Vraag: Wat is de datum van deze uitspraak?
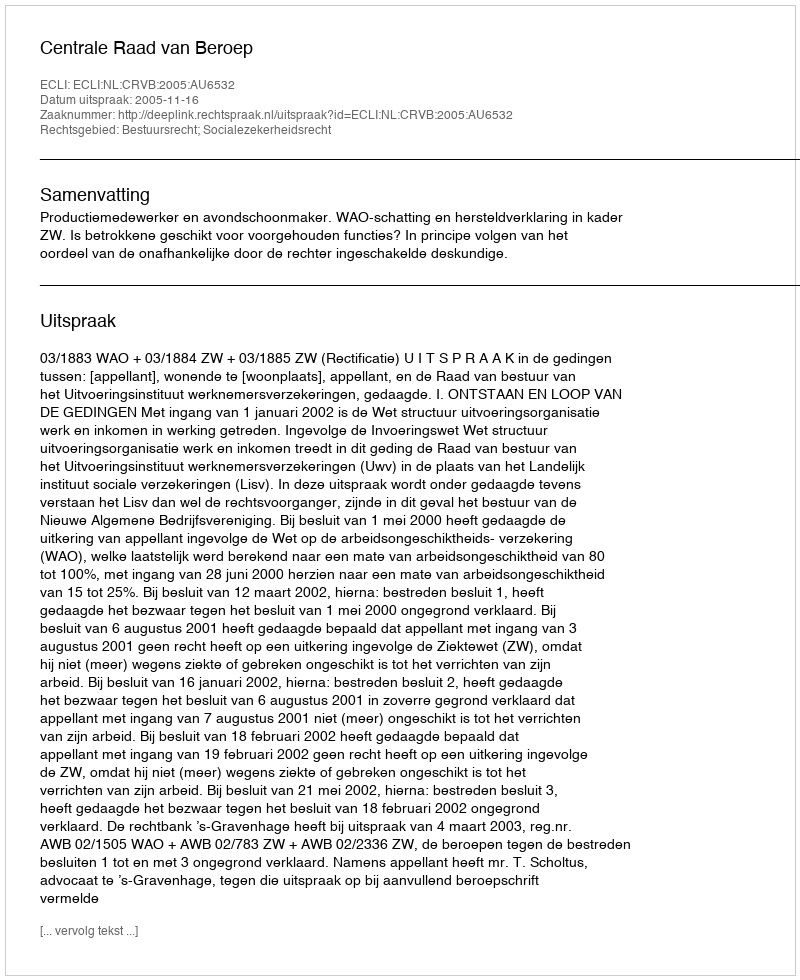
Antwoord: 2005-11-16